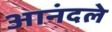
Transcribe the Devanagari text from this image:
आनंदले